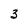
Character: 3